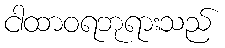
ငါထာဝရဘုရားသည်